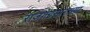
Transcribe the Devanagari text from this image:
राजगडसारख्या